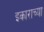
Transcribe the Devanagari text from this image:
इकाराच्या